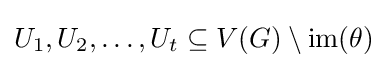
U_{1},U_{2},\ldots ,U_{t}\subseteq V(G)\setminus \mathrm {im} (\theta )